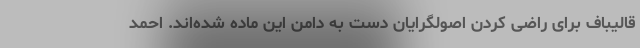
قالیباف برای راضی کردن اصولگرایان دست به دامن این ماده شده‌اند. احمد